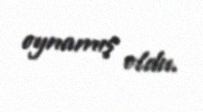
oynamış oldu.